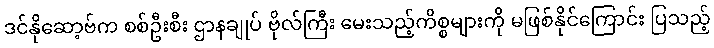
ဒင်နိုဆော့ဗ်က စစ်ဦးစီး ဌာနချုပ် ဗိုလ်ကြီး မေးသည့်ကိစ္စများကို မဖြစ်နိုင်ကြောင်း ပြသည့်